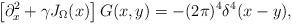
LaTeX: \begin{align*}\left[\partial^2_x + \gamma J_\Omega(x)\right] G(x,y) = -(2\pi)^4 \delta^4(x-y), \end{align*}